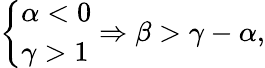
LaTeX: \begin{array}{r}{\left\{ \begin{array}{ll}{\alpha<0}\\ {\gamma>1}\end{array}\right.\Rightarrow\beta>\gamma-\alpha,}\end{array}